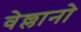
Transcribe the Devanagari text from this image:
वेल्लानो